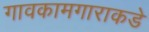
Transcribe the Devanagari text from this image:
गावकामगाराकडे